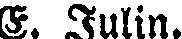
E. Julin.